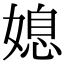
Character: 媳